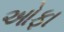
ઓફા